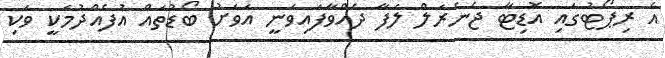
އެ ރިޕޯޓުގައި އޮޑިޓާ ޖެނެރަލް ލަފާ ދެއްވާފައިވަނީ އަވަށު ބޯޑުތައް އުފެއްދުމަކީ ވަކި